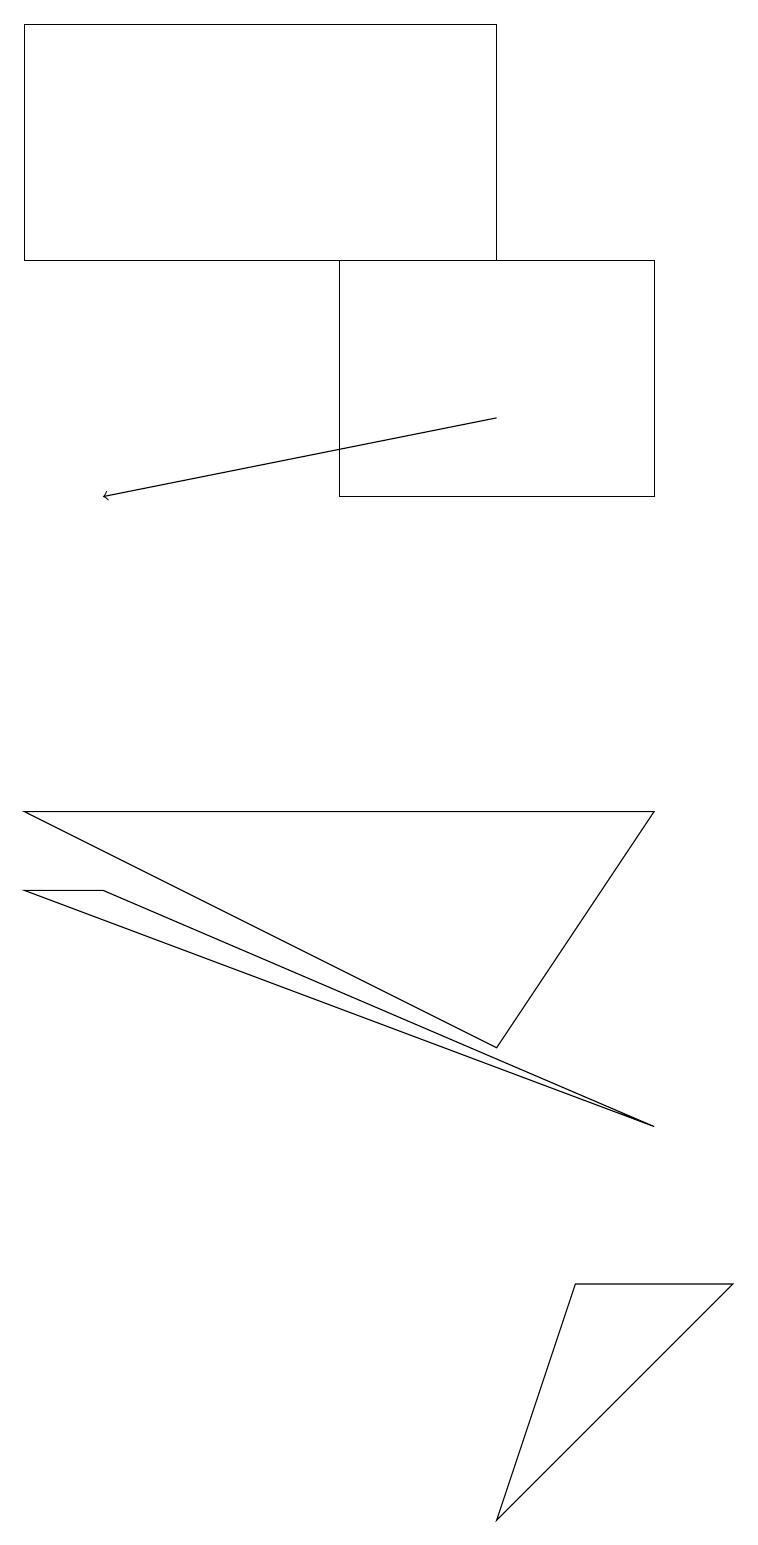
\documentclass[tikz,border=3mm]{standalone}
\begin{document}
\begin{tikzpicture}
\draw[->] (6,14) -- (1,13);
\draw (6,6) -- (8,9) -- (0,9) -- cycle;
\draw (9,3) -- (7,3) -- (6,0) -- cycle;
\draw (4,13) rectangle (8,16);
\draw (0,8) -- (8,5) -- (1,8) -- cycle;
\draw (6,16) rectangle (0,19);
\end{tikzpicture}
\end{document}